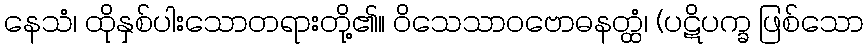
နေသံ၊ ထိုနှစ်ပါးသောတရားတို့၏။ ဝိသေသာဝဗောဓနတ္ထံ၊ (ပဋိပက္ခ ဖြစ်သော